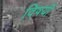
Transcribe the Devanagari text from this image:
विषयीं